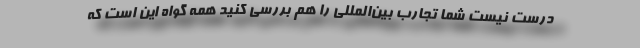
درست نیست شما تجارب بین‌المللی را هم بررسی کنید همه گواه این است که